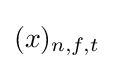
(x)_{n,f,t}